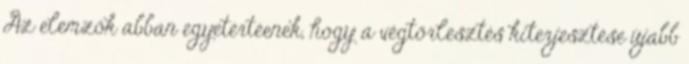
Az elemzők abban egyetértéenek, hogy a végtörlesztés kiterjesztése újabb